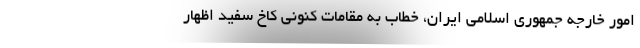
امور خارجه جمهوری اسلامی ایران، خطاب به مقامات کنونی کاخ سفید اظهار